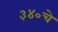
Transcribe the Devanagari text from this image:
३४०चे